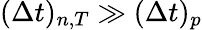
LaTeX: ({\Delta}t)_{n,T}\gg({\Delta}t)_{p}